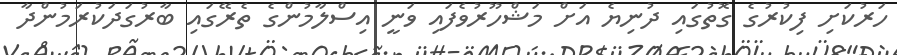
ހަރުކަށި ފިކުރުގެ ގޮތުގައި ދުނިޔެ އަށް މަޝްހޫރުވެފައި ވަނީ އިސްލާމުންގެ ތެރޭގައި ބާރުގަދަކުރަމުންދާ